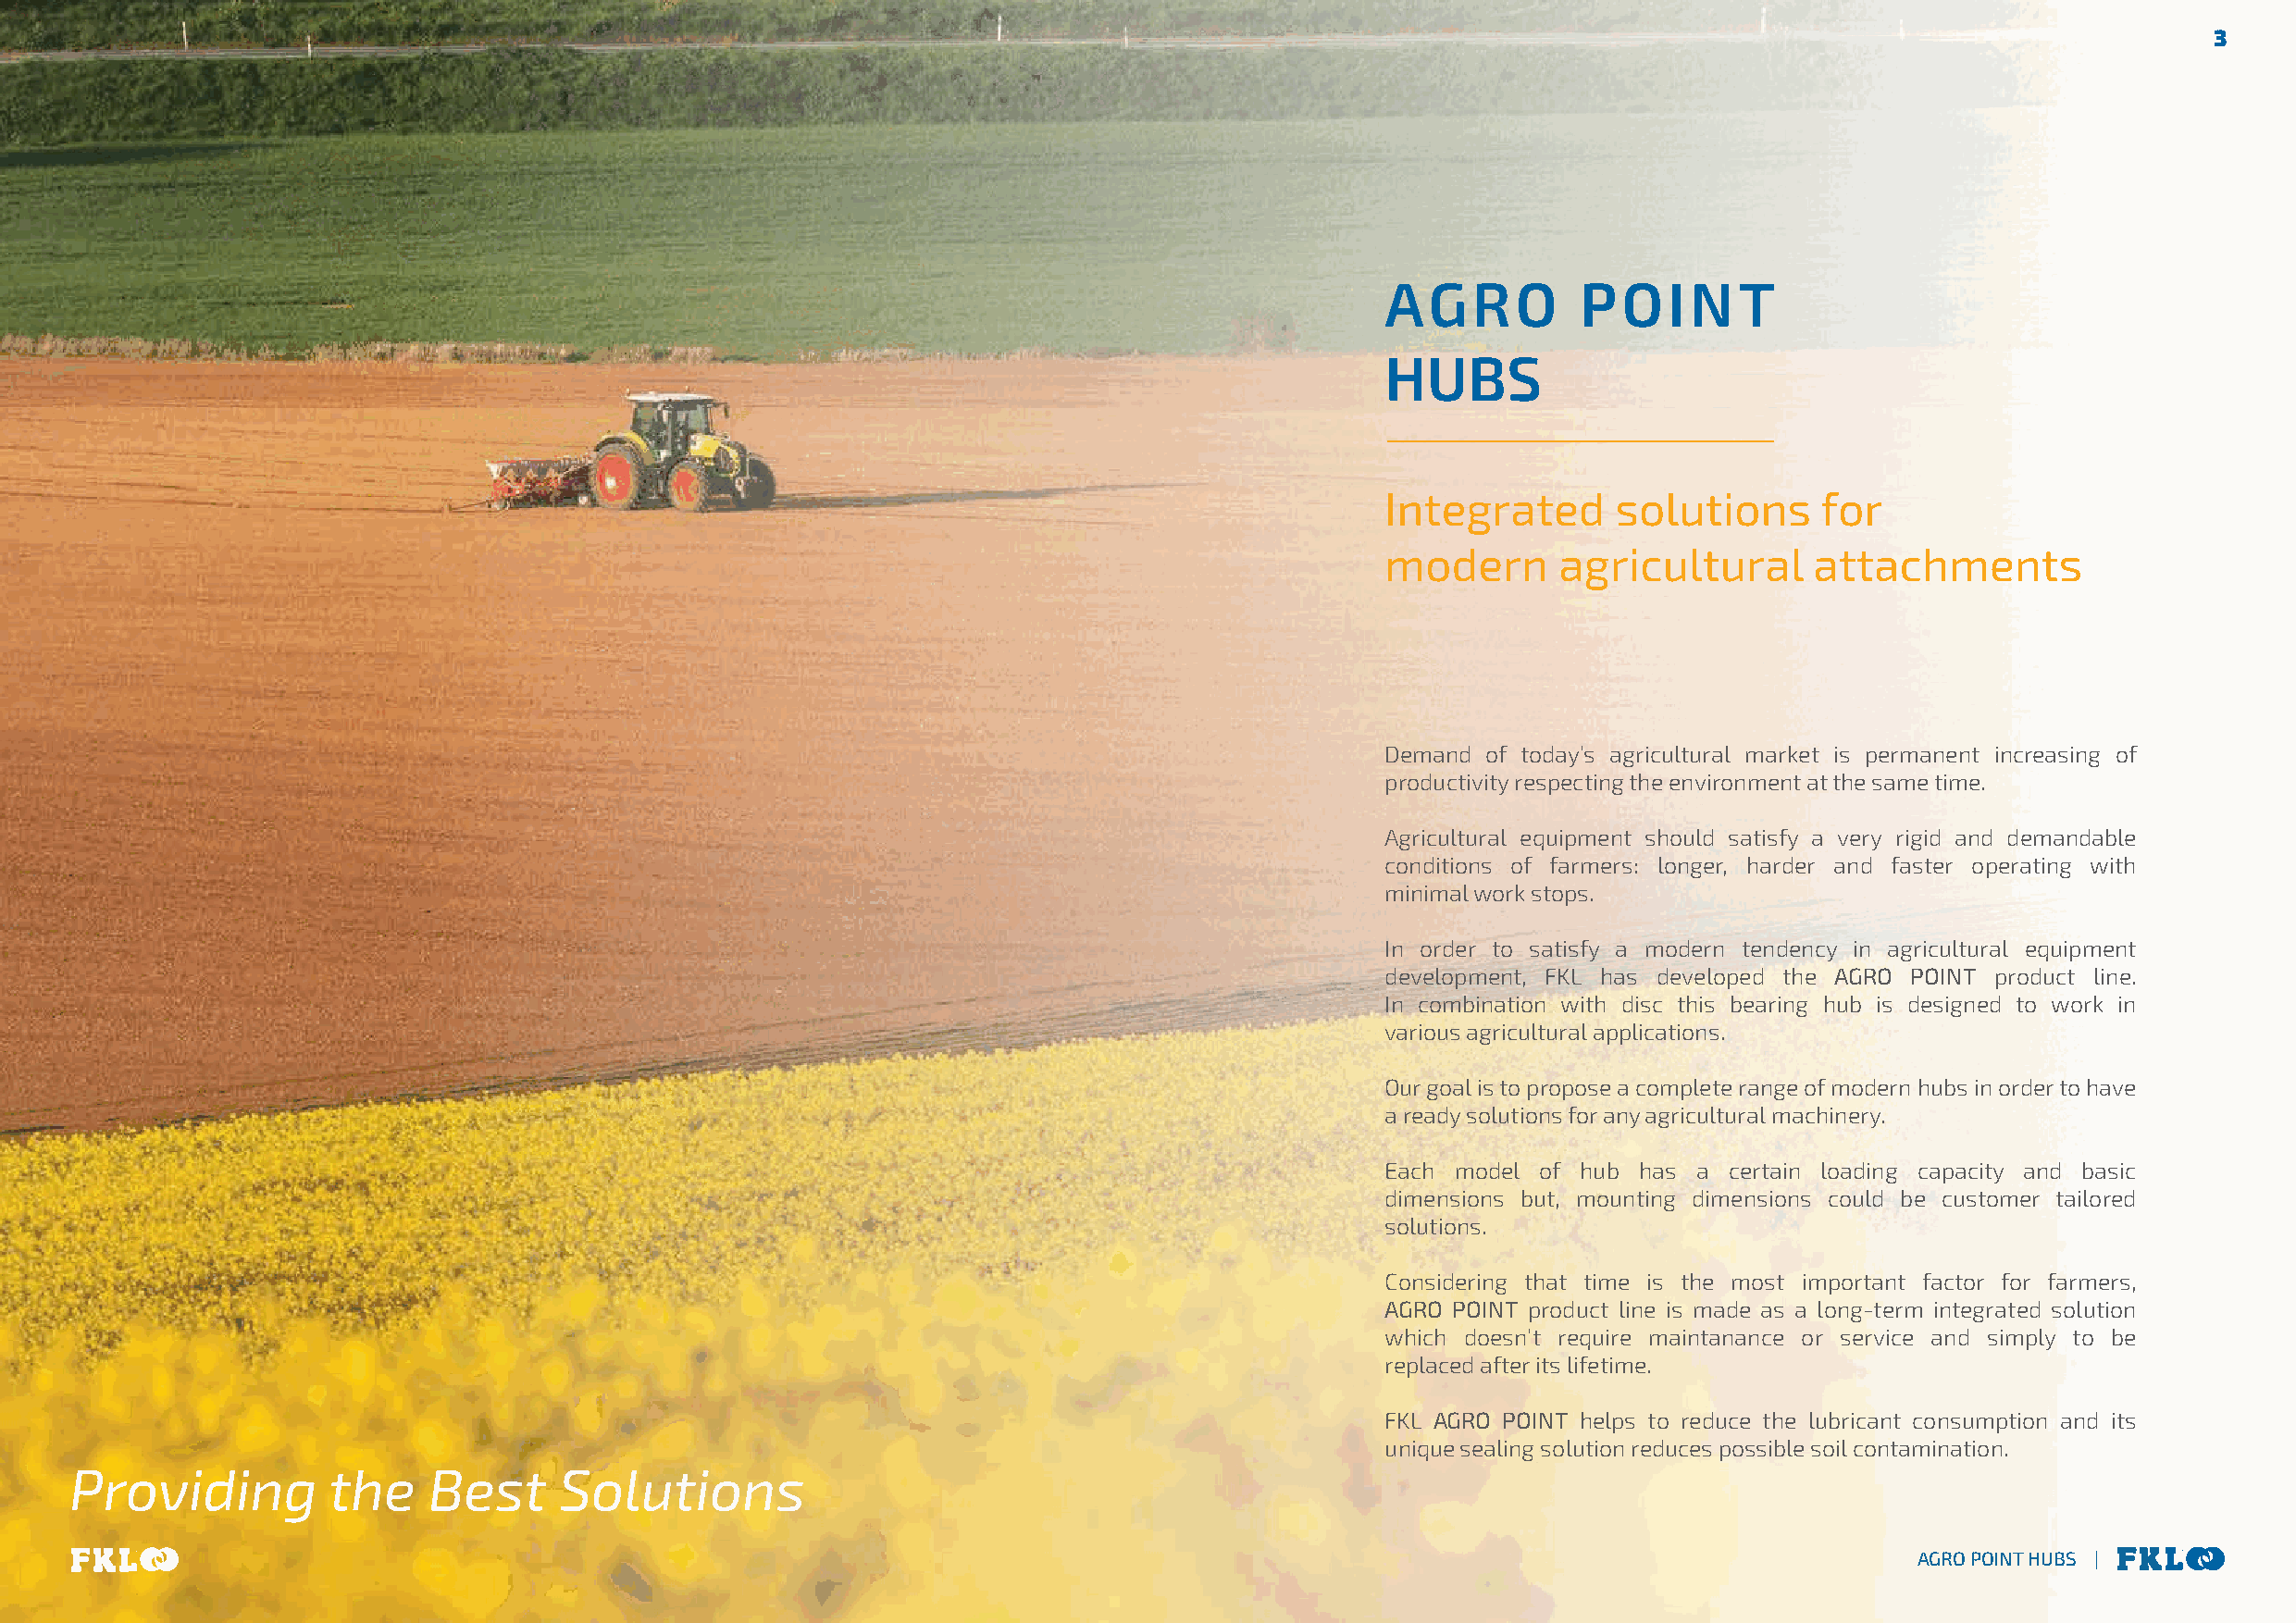
3
 AGRO          POINT
 HUBS
 Integrated       solutions     for
 modern      agricultural       attachments
 Demand of today’s agricultural market is permanent increasing of
 productivity respecting the environment at the same time.
 Agricultural equipment should satisfy a very rigid and demandable
 conditions of farmers: longer, harder and faster operating with
 minimal work stops.
 In order to satisfy a modern tendency in agricultural equipment
 development, FKL has developed the AGRO POINT product line.
 In combination with disc this bearing hub is designed to work in
 various agricultural applications.
 Our goal is to propose a complete range of modern hubs in order to have
 a ready solutions for any agricultural machinery.
 Each model of hub has a  certain loading capacity and basic
 dimensions but, mounting dimensions could be customer tailored
 solutions.
 Considering that time is the most important factor for farmers,
 AGRO POINT product line is made as a long-term integrated solution
 which doesn’t require maintanance or service and simply to be
 replaced after its lifetime.
 FKL AGRO POINT helps to reduce the lubricant consumption and its
 unique sealing solution reduces possible soil contamination.
 Providing          the    Best     Solutions
 AGRO POINT HUBS |